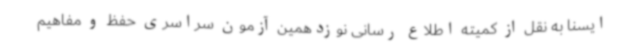
ایسنا به نقل از کمیته اطلاع رسانی نوزدهمین آزمون سراسری حفظ و مفاهیم